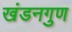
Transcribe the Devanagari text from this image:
खंडनगुण